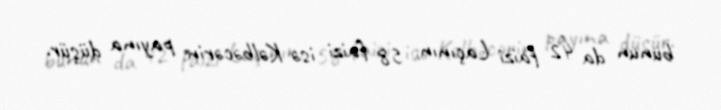
bunun da 42 faizi Laçının, 58 faizi isə Kəlbəcərin payına düşür.